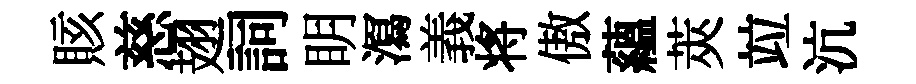
賅慈翅詞眀㵼義将傲蘊莢竝沆